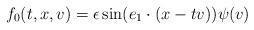
LaTeX: \begin{align*} f_0(t,x,v)= \epsilon \sin(e_1\cdot (x-tv)) \psi(v) \end{align*}